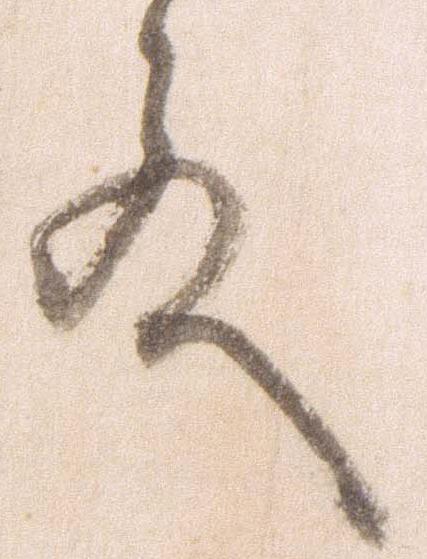
殿